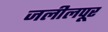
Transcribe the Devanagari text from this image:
जलीलपूर